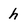
Character: h